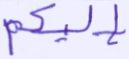
إليكم